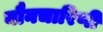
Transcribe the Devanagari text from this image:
यौनचारिणी